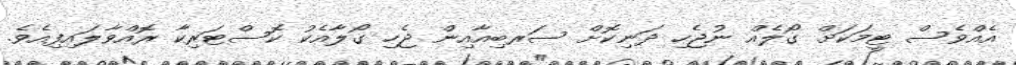
އެއްވެސް ޓީމަކަށް ގޯލެއް ނުޖެހި ދަނިކޮށް ސަރބިއާއިން ޖެހި ގޯލާއެކު ކޮސްޓަރިކާ ރޮއްވާލައިފިއެވެ.